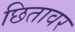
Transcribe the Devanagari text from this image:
छितावर